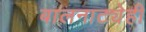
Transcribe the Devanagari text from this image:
बालनाट्येही